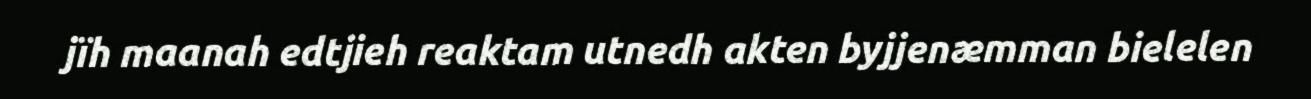
jïh maanah edtjieh reaktam utnedh akten byjjenæmman bielelen